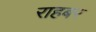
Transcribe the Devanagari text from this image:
राहबर